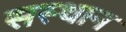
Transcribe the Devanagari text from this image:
सस्थान